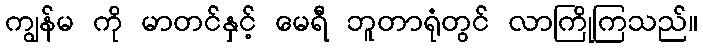
ကျွန်မ ကို မာတင်နှင့် မေရီ ဘူတာရုံတွင် လာကြိုကြသည်။